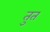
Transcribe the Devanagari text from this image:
तुत